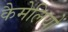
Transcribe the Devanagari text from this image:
कैमेलियों